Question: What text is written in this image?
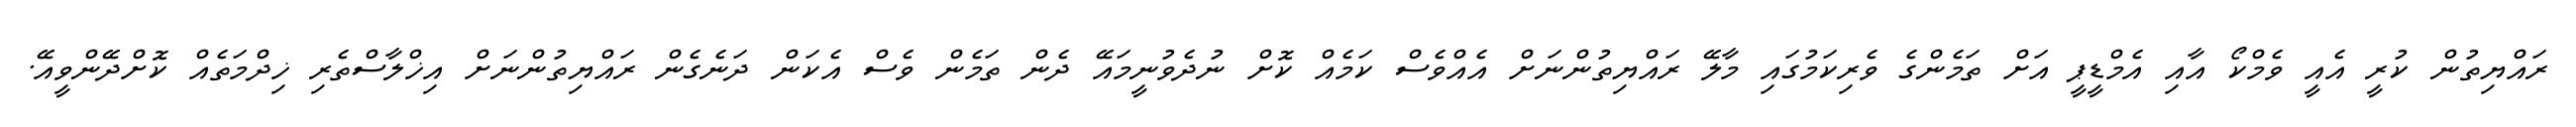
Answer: ރައްޔިތުން ކުރީ އެއީ ވެމްކޯ އާއި އެމްޑީޕީ އަށް ތަމެންގެ ވެރިކަމުގައި މާލޭ ރައްޔިތުންނަށް އެއްވެސް ކަމެއް ކޮށް ނުދެވުނީމައޭ ދެން ތަމެން ވެސް އެކަން ދަނެގެން ރައްޔިތުންނަށް އިޚްލާސްތެރި ޚިދްމަތެއް ކޮށްދޭންވީއޭ.